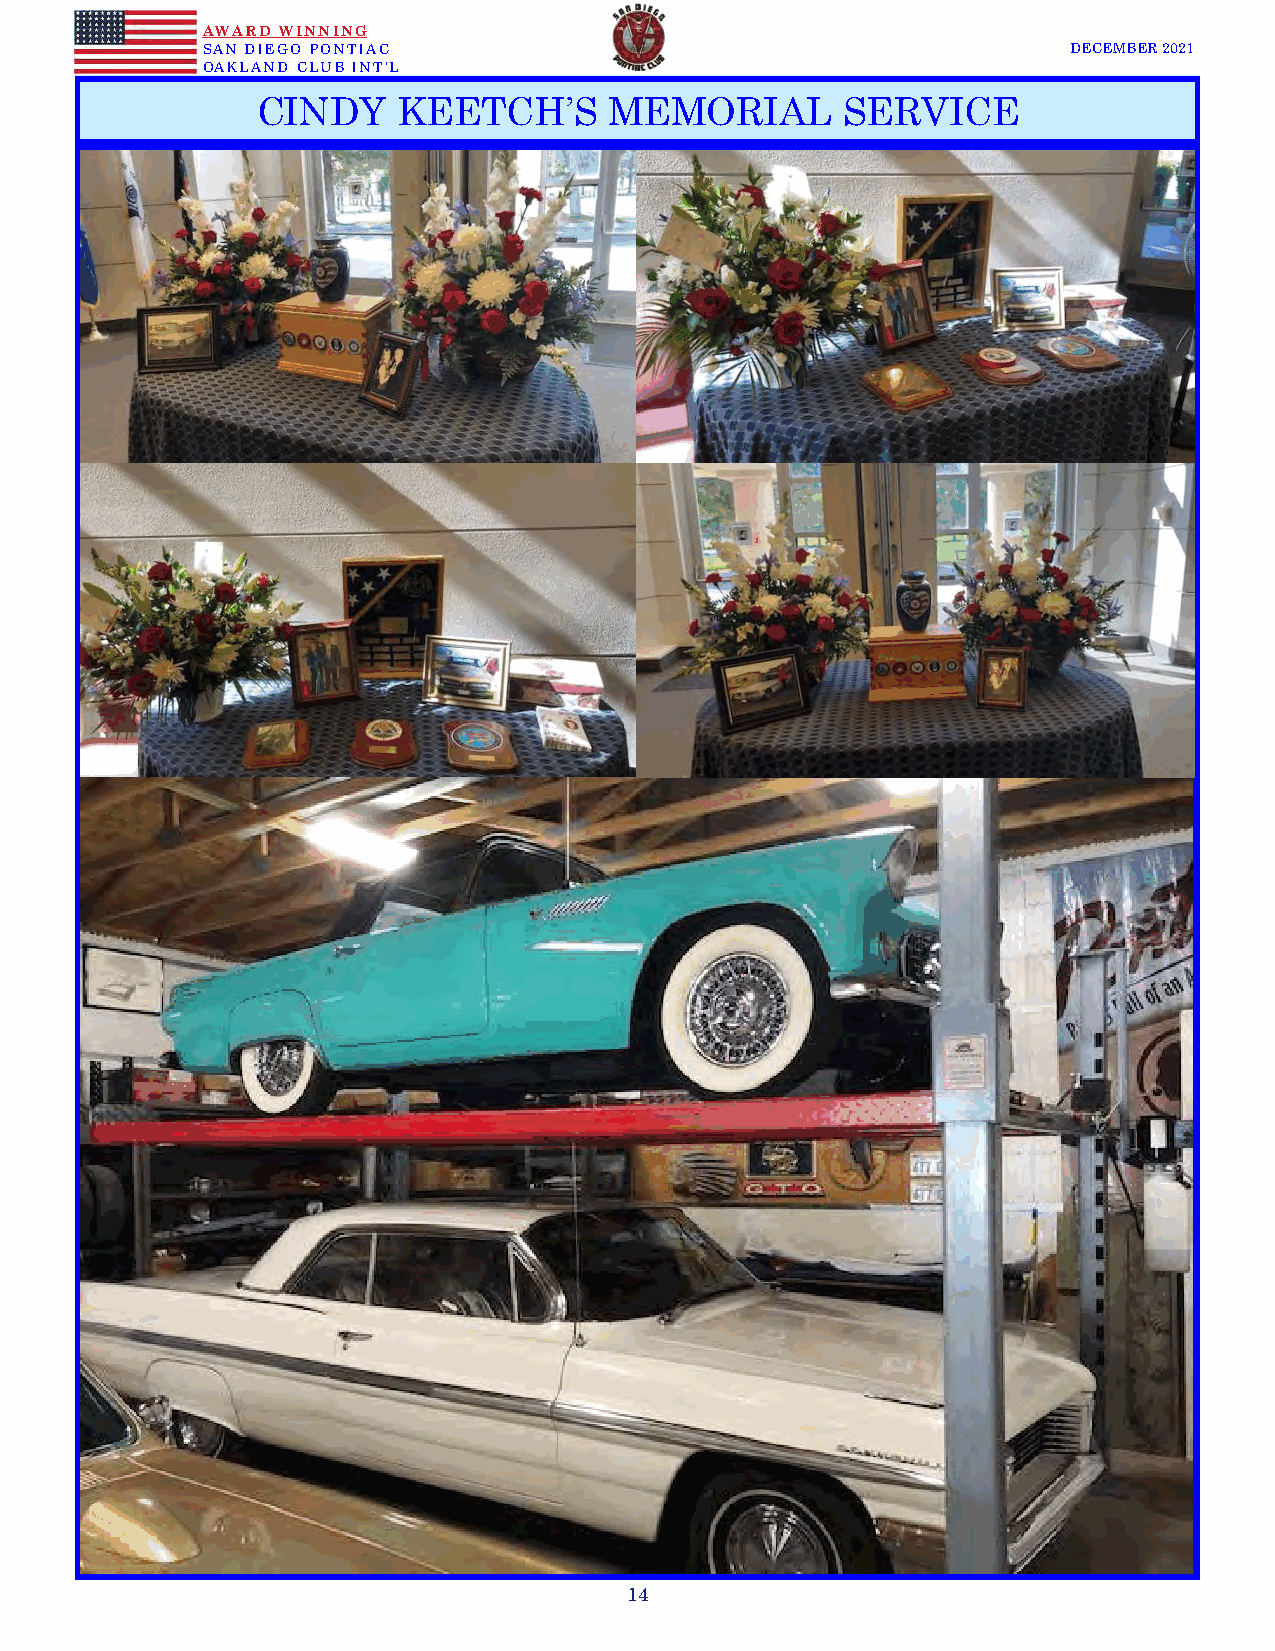
AWARD WINNING
 SAN DIEGO PONTIAC                                         DECEMBER 2021
 OAKLAND CLUB INT’L
 CINDY    KEETCH’S      MEMORIAL        SERVICE
 14